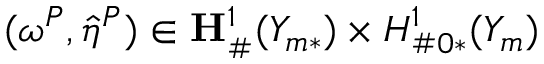
( \boldsymbol { \omega } ^ { P } , \hat { \eta } ^ { P } ) \in { \bf { H } } _ { \# } ^ { 1 } ( Y _ { m * } ) \times H _ { \# 0 * } ^ { 1 } ( Y _ { m } )